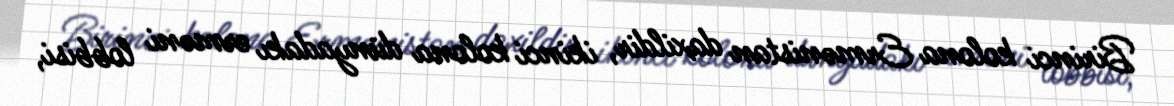
Birinci kolona Ermənistan daxildir, ikinci kolona dünyadakı erməni lobbisi,